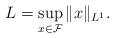
LaTeX: \begin{align*} L = \sup_{x \in \mathcal{F}}\|x\|_{L^1}.\end{align*}